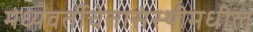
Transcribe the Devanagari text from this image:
मध्यवर्तीचेतासंस्थीमधील